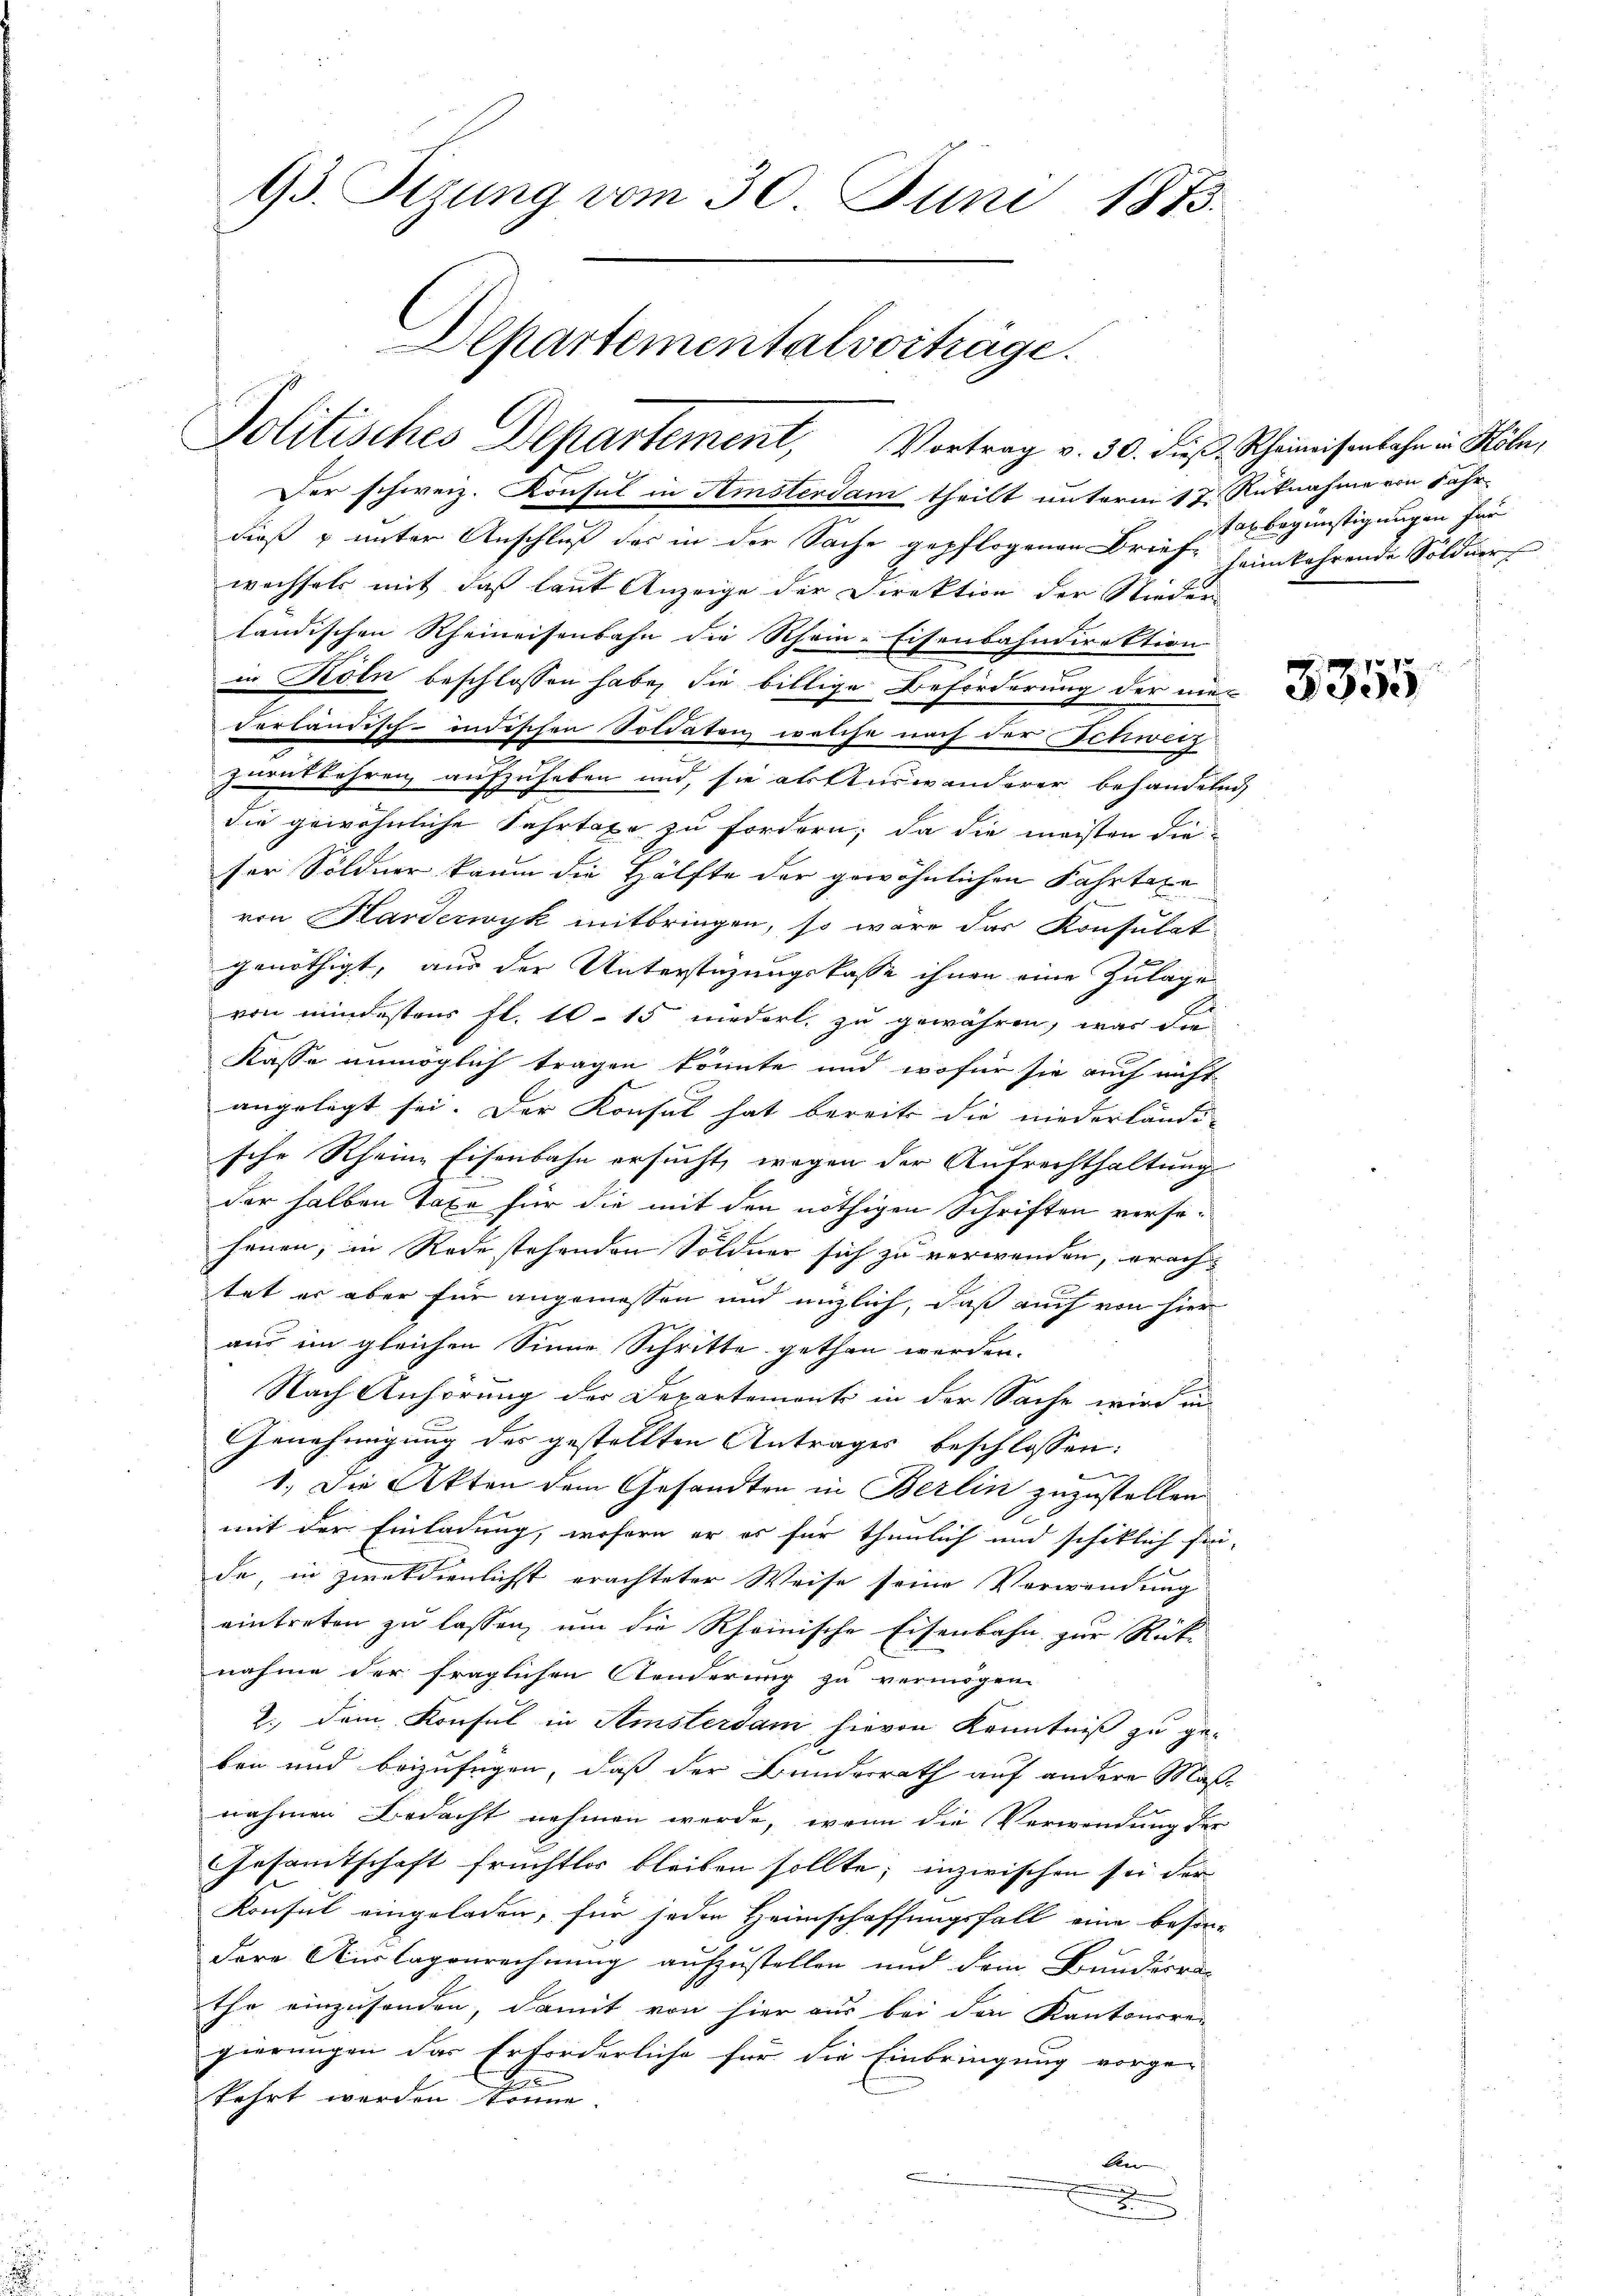
93. Sizung vom 30. Juni 1873.
Departementalvorträge.
Politisches Departement, Vortrag v. 30. dieβ, Scheinisenbahn in Köln,
Der schweiz. Konsul in Amsterdam theilt unterm 17. Rüknahme von Fahr-

dieß u unter Anschluß der in der Sache gepflogenen Brief, heimkehrende Söldner
wechsels mit daß laut Anzeige der Direktion der Nieder-
ländischen Rheineisenbahn die Rhein-Eisenbahndirektion
in Köln beschlossen habe, die billige Beförderung der nieverländisch-indischen Soldaten welche nach der Schwerz
zurückkehren aufzuheben und, sie als Auswanderer behandelnd
die gewöhnliche Fahrtaxe zu fordern; da die meisten dieser Söldner kaum die Hälfte der gewöhnlichen Fahrtaxe
von Harderwyk mitbringen, so wäre das Konsulat-
genöthigt, aus der Unterstüzungskasse ihnen eine Zulage
von mindestens fl. 10. 15 niederl. zu gewähren, was die
Kasse unmöglich tragen könnte und wofür sie auch nicht
angelegt sei. Der Konsul hat bereits die niederländi-
sche Rheine Eisenbahn ersucht, wegen der Aufrechthaltung
e
.
der halben Taxe für die mit den nöthigen Schriften versehenen, in Rodestehenden Söldner sich zu verwenden, erachtet er aber für angemessen und enzlich, daß auch von hier
aus im gleichen Sinne Schritte gethan werden.
Nach Anhörung der Departemonts in der Sache wird in
Genehmigung des gestellten Antrages beschlossen:
1. Die Akten dem Gesandten in Berlin zuzustellen.
mit der Einladung, wofern er es für thunlich und schiklich fin-
de, in zweckdienlichst erachteter Weise seine Verwendung
eintreten zu lassen, um die Rheinische Eisenbahn zur Rück-
nahme der fraglichen Aenderung zu vermögen
2. dem Konsul in Amsterdam hievon Kenntniß zu ge-
ben und beizufügen, daß der Bundesrath auf andere Maßnahmen Bedacht nehmen werde, wenn die Verwendung der
Gesamtschaft früchtlos bleiben sollte; inzwischen sei der
Konsul eingeladen, für jeden Heimschaffungsfall eine beson-
dere Auslagenrechnung aufzustellen und dem Bunderren
the einzusenden, damit von hier aus bei den Kantonsrei
gierungen das Erforderliche für die Einbringung vorge-
kehrt werden könne.
An
x

ital begünstigungen für